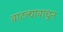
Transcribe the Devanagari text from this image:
वाटल्यावाचून